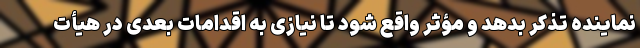
نماینده تذکر بدهد و مؤثر واقع شود تا نیازی به اقدامات بعدی در هیأت